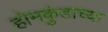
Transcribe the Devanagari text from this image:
होमकुंडाच्या